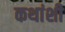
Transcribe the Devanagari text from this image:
कथांशी